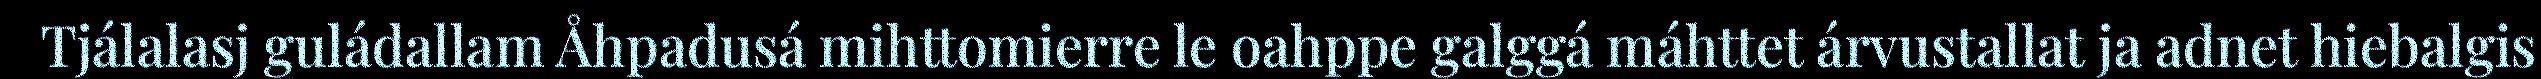
Tjálalasj guládallam Åhpadusá mihttomierre le oahppe galggá máhttet árvustallat ja adnet hiebalgis